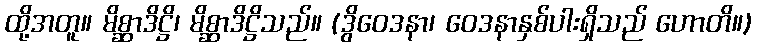
ထို့အတူ။ မိစ္ဆာဒိဋ္ဌိ၊ မိစ္ဆာဒိဋ္ဌိသည်။ (ဒွိဝေဒနာ၊ ဝေဒနာနှစ်ပါးရှိသည် ဟောတိ။)